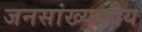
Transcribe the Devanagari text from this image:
जनसांख्यकीय